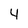
Character: 4